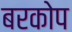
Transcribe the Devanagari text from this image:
बरकोप